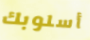
أسلوبك